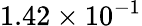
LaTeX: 1.42\times 10^{-1}